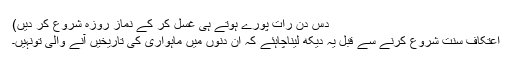
دس دن رات پورے ہوتے ہی غسل کر کے نَماز روزہ شروع کر دیں)
اِعْتِکافِ سُنّت شروع کرنے سے قَبْل یہ دیکھ لیناچاہئے کہ ان دنوں میں ماہواری کی تاریخیں آنے والی تونہیں۔